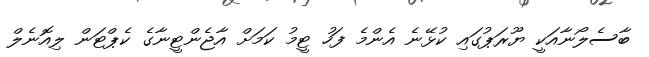
ބާސެލޯނާއަކީ ޔޫރަޕުގައި ކުޅޭނެ އެންމެ ފަހު ޓީމު ކަމަށް އާޖެންޓީނާގެ ކެޕްޓަން ލިއޮނެލް